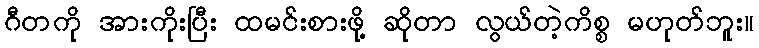
ဂီတကို အားကိုးပြီး ထမင်းစားဖို့ ဆိုတာ လွယ်တဲ့ကိစ္စ မဟုတ်ဘူး။